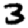
Digit: 3